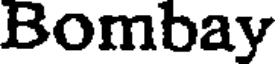
Bombay